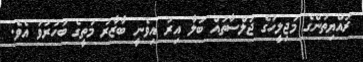
ރައްޔިތުންގެ މަޖިލީހުގެ ޖަލްސާތައް ބަލާ އިރު އިވެނީ ބާޒާރު މަތީގެ ބަހުރުވަ އެވެ.